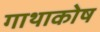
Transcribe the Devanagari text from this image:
गाथाकोष